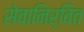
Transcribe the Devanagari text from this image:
सेवानिर्वित